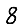
Digit: 8